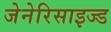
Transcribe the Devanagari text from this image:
जेनेरिसाइज्ड